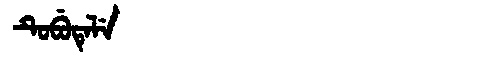
Manchu: ᡨᡠᠪᡠᡨᡝᠯᡝ
Romanization: TUBUTELE